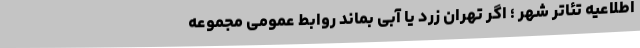
اطلاعیه تئاتر شهر ؛ اگر تهران زرد یا آبی بماند روابط عمومی مجموعه